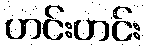
ဟင်းဟင်း